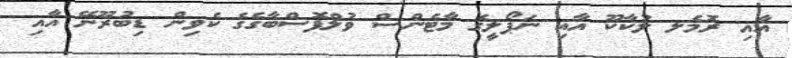
އާއި ރޮމެލ ލުކާކޫ އާއި ނަޕޯލީގެ މާޓެންސް ވުލްފޮސްބާގެގެ ކެވިން ޑިބުރޫނޭ އާއި